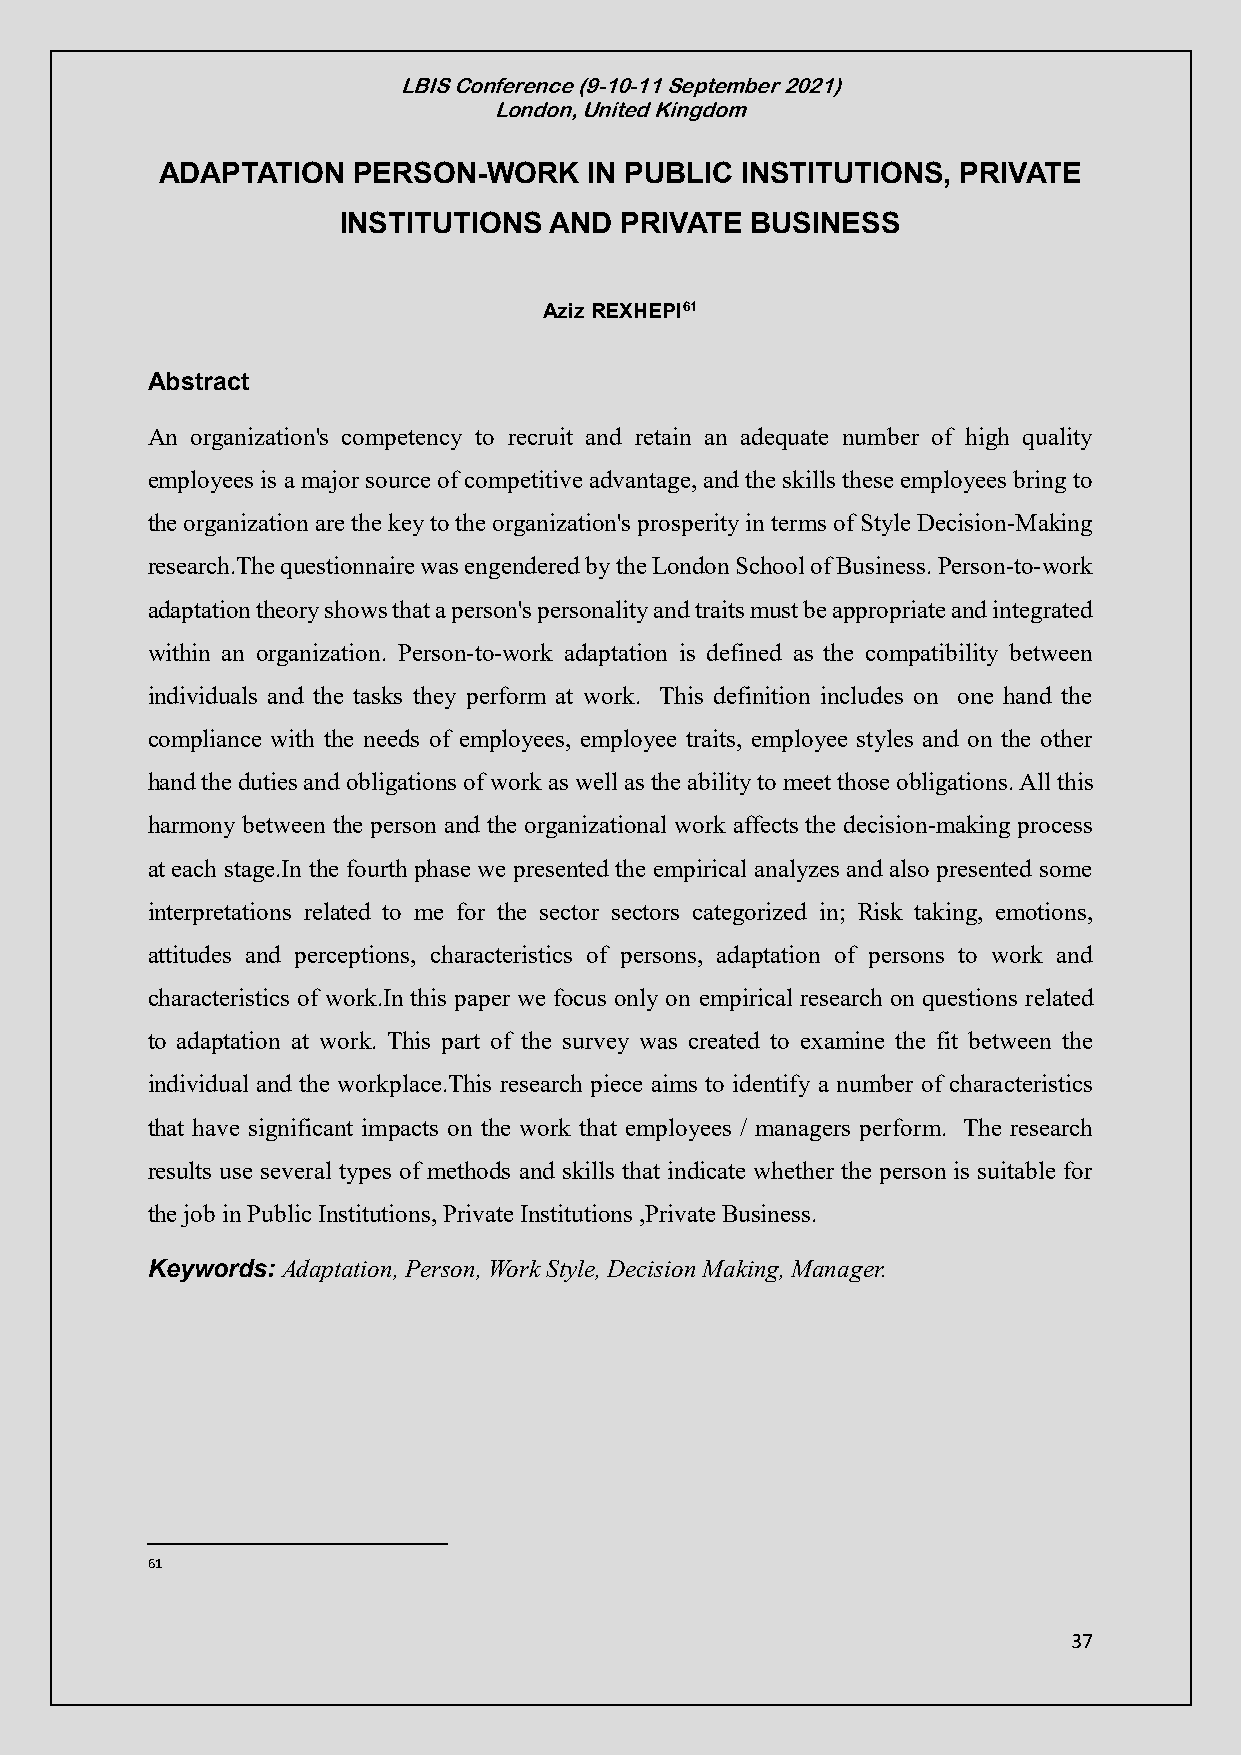
LBIS Conference (9-10-11 September 2021)
 London, United Kingdom
 ADAPTATION   PERSON-WORK     IN PUBLIC INSTITUTIONS,  PRIVATE
 INSTITUTIONS AND  PRIVATE  BUSINESS
 Aziz REXHEPI61
 Abstract
 An organization's competency to recruit and retain an adequate number of high quality
 employees is a major source of competitive advantage, and the skills these employees bring to
 the organization are the key to the organization's prosperity in terms of Style Decision-Making
 research.The questionnaire was engendered by the London School of Business. Person-to-work
 adaptation theory shows that a person's personality and traits must be appropriate and integrated
 within an organization. Person-to-work adaptation is defined as the compatibility between
 individuals and the tasks they perform at work. This definition includes on one hand the
 compliance with the needs of employees, employee traits, employee styles and on the other
 hand the duties and obligations of work as well as the ability to meet those obligations. All this
 harmony between the person and the organizational work affects the decision-making process
 at each stage.In the fourth phase we presented the empirical analyzes and also presented some
 interpretations related to me for the sector sectors categorized in; Risk taking, emotions,
 attitudes and perceptions, characteristics of persons, adaptation of persons to work and
 characteristics of work.In this paper we focus only on empirical research on questions related
 to adaptation at work. This part of the survey was created to examine the fit between the
 individual and the workplace.This research piece aims to identify a number of characteristics
 that have significant impacts on the work that employees / managers perform. The research
 results use several types of methods and skills that indicate whether the person is suitable for
 the job in Public Institutions, Private Institutions ,Private Business.
 Keywords: Adaptation, Person, Work Style, Decision Making, Manager.
 61
 37